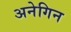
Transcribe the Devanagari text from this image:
अनेगिन